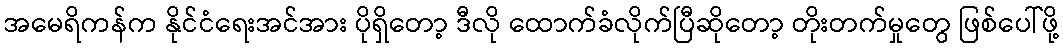
အမေရိကန်က နိုင်ငံရေးအင်အား ပိုရှိတော့ ဒီလို ထောက်ခံလိုက်ပြီဆိုတော့ တိုးတက်မှုတွေ ဖြစ်ပေါ်ဖို့